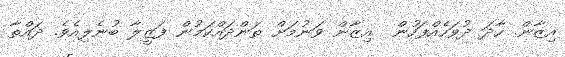
އިޒާން. ހާދަ ދުވަހެއްފަހުން  އިޒާން ވަނުމަށް ތަންދައްކަމުން ފަޒީލާ ބުނެލިއެވެ. ދައްތާ